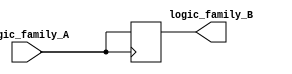
module voltage_level_shifter (
    input wire logic_family_A,
    output wire logic_family_B
);

// Input and output buffers
reg logic_family_A_buffer;
wire logic_family_B_buffer;

// Level shifting logic
always @ (posedge logic_family_A)
    logic_family_A_buffer <= logic_family_A;

assign logic_family_B_buffer = logic_family_A_buffer; // In this example, the voltage level shifter simply passes the input signal to the output signal

// Control signals to select the appropriate voltage level conversion
// This can be expanded based on the specific requirements of the design

assign logic_family_B = logic_family_B_buffer;

endmodule